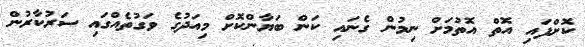
ކޮށްފައި އޮތް އޮތުމަށް ނިމުން ގެނައި ކަން ބަޔާންކޮށް މިއަދުގެ ވަގުތެއްގައި ސަރުކާރުން